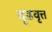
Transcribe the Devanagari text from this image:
दृढवृत्त